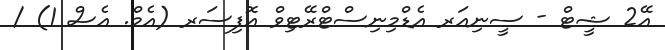
އޭ2 ޝީޓް - ސީނިއަރ އެޑްމިނިސްޓްރޭޓިވް އޮފިސަރ (އެމް. އެސް 1) /